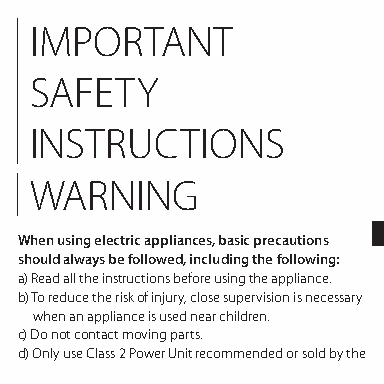
IMPORTANT
 SAFETY
 INSTRUCTIONS
 WARNING
 When using electric appliances, basic precautions
 should always be followed, including the following:
 a) Read all the instructions before using the appliance.
 b) To reduce the risk of injury, close supervision is necessary
 when an appliance is used near children.
 c) Do not contact moving parts.
 d) Only use Class 2 Power Unit recommended or sold by the